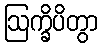
ဩက္ခိပိတွာ